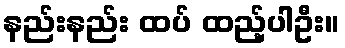
နည်းနည်း ထပ် ထည့်ပါဦး။